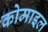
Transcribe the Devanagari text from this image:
कोमाइल